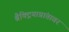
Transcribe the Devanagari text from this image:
बैक्ट्रियाप्रांतावर